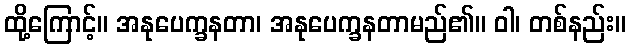
ထို့ကြောင့်။ အနုပေက္ခနတာ၊ အနုပေက္ခနတာမည်၏။ ဝါ၊ တစ်နည်း။